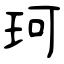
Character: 珂